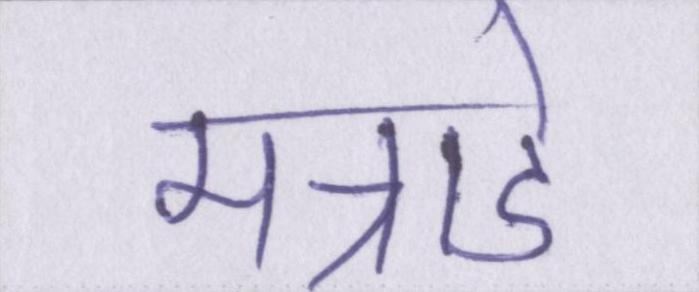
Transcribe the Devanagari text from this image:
मन्नाडे